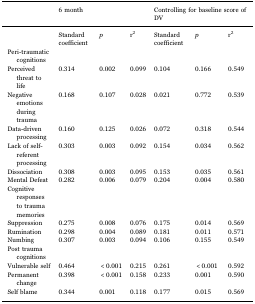
|  | 6 month |  |  | <COLSPAN=3> Controlling for baseline score of DV |
 | --- | --- | --- | --- | --- | --- | --- |
 |  | Standard coefficient | p | r2 | Standard coefficient | p | r2 |
 | Peri-traumatic cognitions |  |  |  |  |  |  |
 | Perceived threat to life | 0.314 | 0.002 | 0.099 | 0.104 | 0.166 | 0.549 |
 | Negative emotions during trauma | 0.168 | 0.107 | 0.028 | 0.021 | 0.772 | 0.539 |
 | Data-driven processing | 0.160 | 0.125 | 0.026 | 0.072 | 0.318 | 0.544 |
 | Lack of self-referent processing | 0.303 | 0.003 | 0.092 | 0.154 | 0.034 | 0.562 |
 | Dissociation | 0.308 | 0.003 | 0.095 | 0.153 | 0.035 | 0.561 |
 | Mental Defeat | 0.282 | 0.006 | 0.079 | 0.204 | 0.004 | 0.580 |
 | Cognitive responses to trauma memories |  |  |  |  |  |  |
 | Suppression | 0.275 | 0.008 | 0.076 | 0.175 | 0.014 | 0.569 |
 | Rumination | 0.298 | 0.004 | 0.089 | 0.181 | 0.011 | 0.571 |
 | Numbing | 0.307 | 0.003 | 0.094 | 0.106 | 0.155 | 0.549 |
 | Post trauma cognitions |  |  |  |  |  |  |
 | Vulnerable self | 0.464 | <0.001 | 0.215 | 0.261 | <0.001 | 0.592 |
 | Permanent change | 0.398 | <0.001 | 0.158 | 0.233 | 0.001 | 0.590 |
 | Self blame | 0.344 | 0.001 | 0.118 | 0.177 | 0.015 | 0.569 |